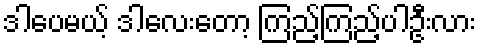
ဒါပေမယ့် ဒါလေးတော့ ကြည့်ကြည့်ပါဦးလား